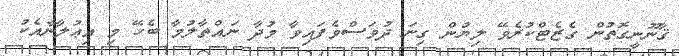
ޤާނޫނީގޮތުން ގެޒެޓްކުރެވޭ ލިޔުން ގިނަ ދުވަސްވެފައިވާ މުދާ ނައްތާލުމާ ބެހޭ މި އިޢުލާނާއެކު